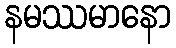
နမဿမာနော